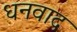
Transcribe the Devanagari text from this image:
धनवाद